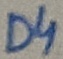
Text: D4